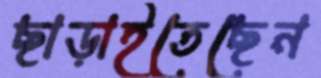
ছাড়াইতেছেন